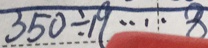
3 5 0 \div 1 9 \cdots 8